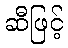
ဆီဖြင့်